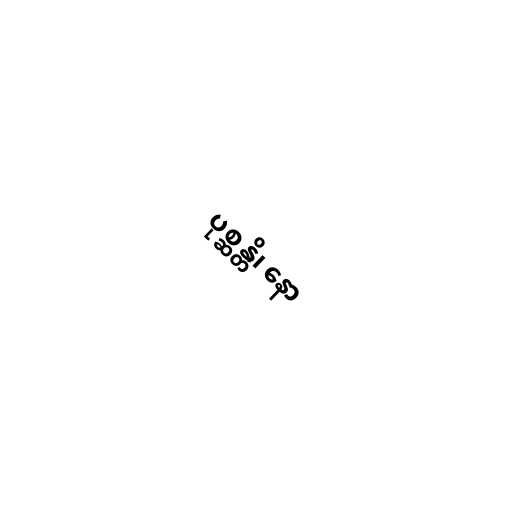
ပုစ္ဆန္တိ၊ နော